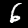
Digit: 6